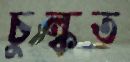
চুল্‌কত